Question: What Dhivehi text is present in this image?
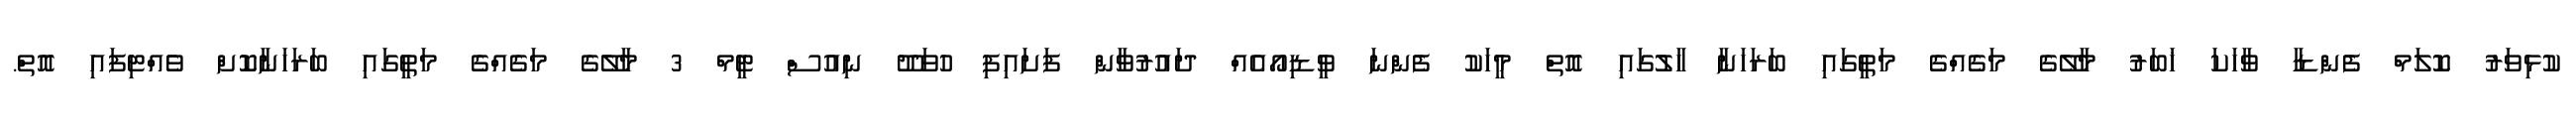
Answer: ކުޅިވަރު ކޮލަމް ފެންޑާ ވާހަކަ ޚަބަރު މާލޭގެ މަގެއްގެ މަތީގައި ބަރަހަނާ ހާލުގައި އޮތް މީހަކު ފެންނަ ވީޑިއޯއެއް ދައުރުވާން ފަށައިފި ހުވަދޫ ނިއުސް ޓީމް 3 މާލޭގެ މަގެއްގެ މަތީގައި ބަރަހަނާކޮށް ވެއްޓިފައި އޮތް.